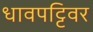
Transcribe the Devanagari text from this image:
धावपट्टिवर